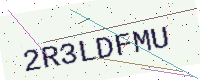
Text: 2R3LDFMU